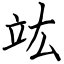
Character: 竑